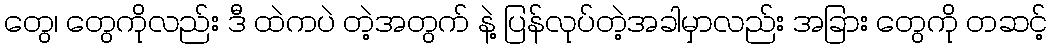
တွေ၊ တွေကိုလည်း ဒီ ထဲကပဲ တဲ့အတွက် နဲ့ ပြန်လုပ်တဲ့အခါမှာလည်း အခြား တွေကို တဆင့်